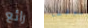
رائع موقفا